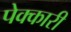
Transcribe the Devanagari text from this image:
पेक्कारी